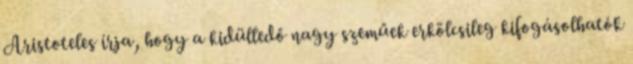
Aristoteles írja, hogy a kidülledő nagy szeműek erkölcsileg kifogásolhatók